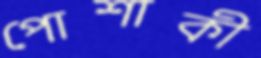
পোশাকী